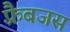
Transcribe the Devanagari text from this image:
फ़्रैबजस